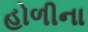
હોળીના